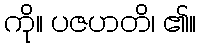
ကို။ ပဇဟတိ၊ ၏။